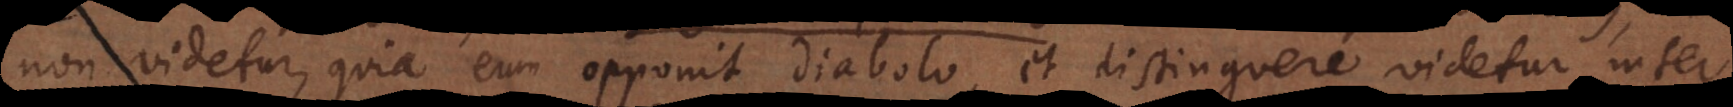
non videtur, quia eum opponit diabolo, et distinguere videtur inter